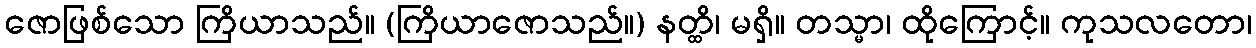
ဇောဖြစ်သော ကြိယာသည်။ (ကြိယာဇောသည်။) နတ္ထိ၊ မရှိ။ တသ္မာ၊ ထိုကြောင့်။ ကုသလတော၊